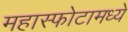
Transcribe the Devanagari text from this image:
महास्फोटामध्ये